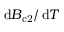
\mathop { } \! \mathrm { d } B _ { \mathrm { c 2 } } / \mathop { } \! \mathrm { d } T